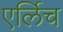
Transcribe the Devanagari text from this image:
एर्लिच